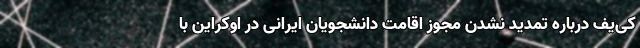
کی‌یف درباره تمدید نشدن مجوز اقامت دانشجویان ایرانی در اوکراین با